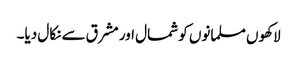
لاکھوں مسلمانوں کو شمال اور مشرق سے نکال دیا۔